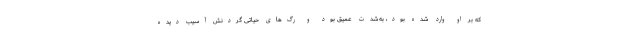
که بر او وارد شده بود، به‌شدت عمیق بود و رگ‌های حیاتی گردنش آسیب دیده